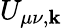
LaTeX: U_{\mu\nu,\mathbf{k}}